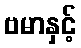
ဗမာနှင့်